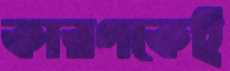
কারণকেই